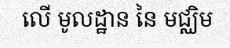
លើ មូលដ្ឋាន នៃ មជ្ឈិម